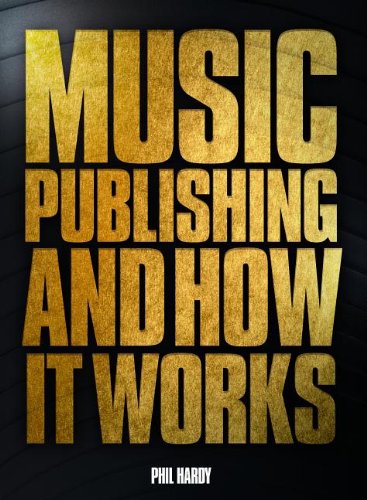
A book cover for Music Publishing & Its Administration in the Modern Age; Phil Hardy; Law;